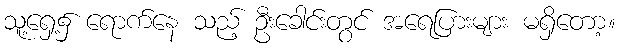
သူ့ရှေ့၌ ရောက်နေ သည့် ဦးခေါင်းတွင် အရေပြားများ မရှိတော့။